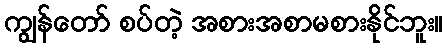
ကျွန်တော် စပ်တဲ့ အစားအစာမစားနိုင်ဘူး။